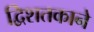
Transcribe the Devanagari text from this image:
द्विशतकाने